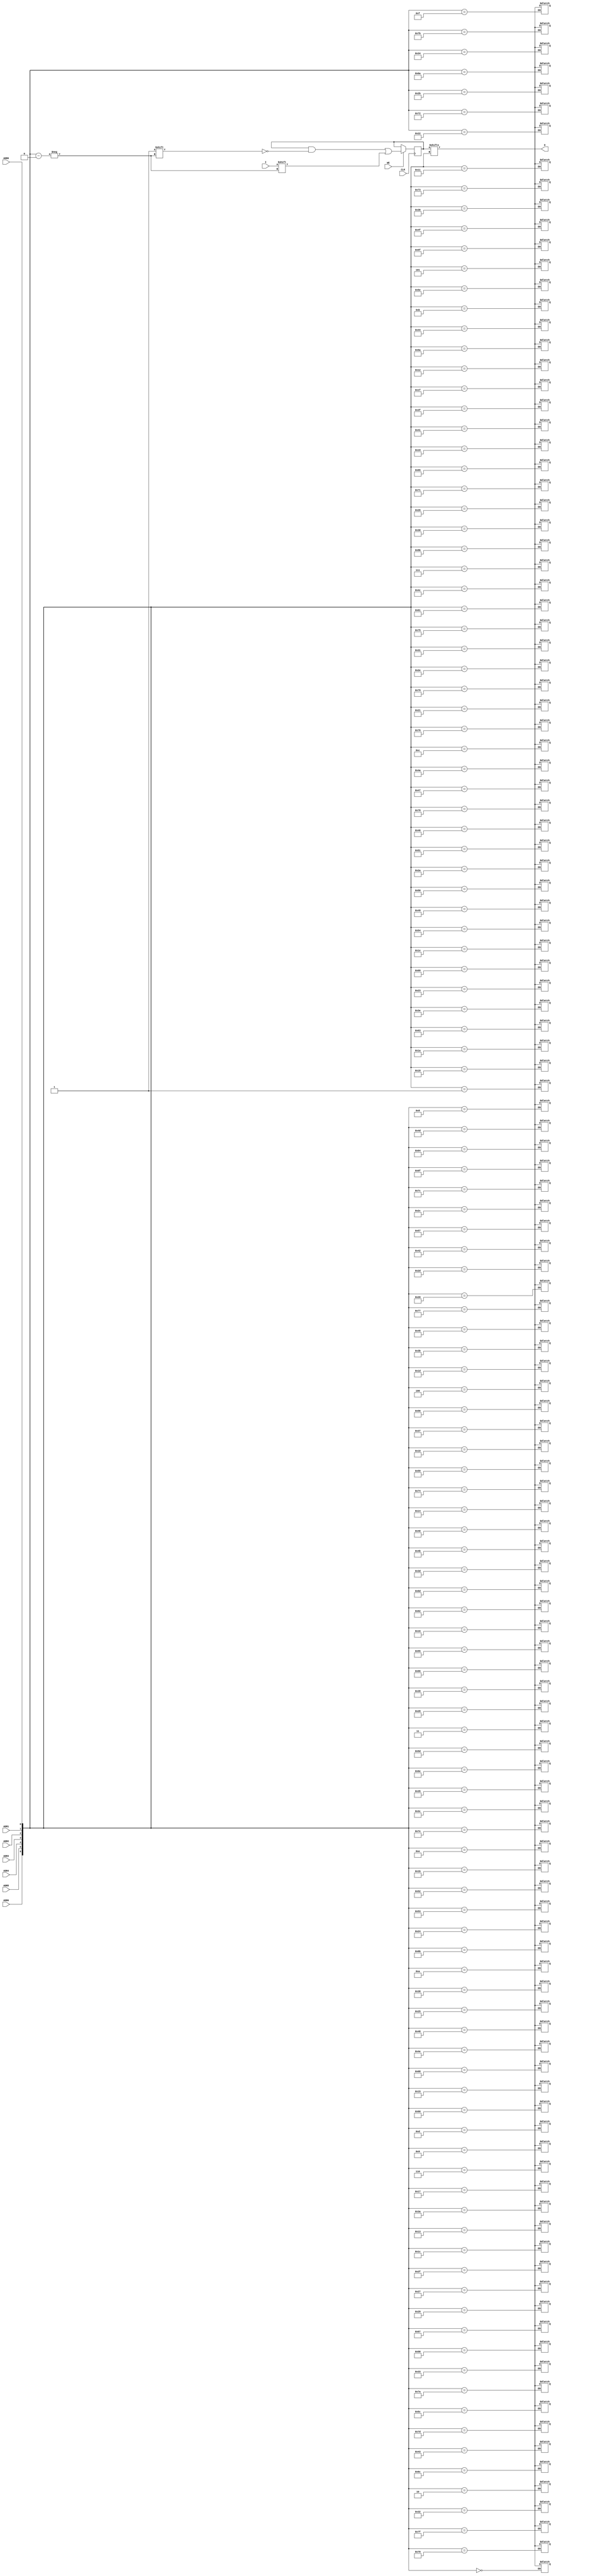
module X_RAMS128 (O, ADR0, ADR1, ADR2, ADR3, ADR4, ADR5, ADR6, CLK, I, WE);

  parameter INIT = 128'h00000000000000000000000000000000;

  output O;
  input ADR0, ADR1, ADR2, ADR3, ADR4, ADR5, ADR6, CLK, I, WE;

  reg [127:0] mem;
  wire [6:0] adr;

  wire in, we, clk;
  reg o_out;
  reg notifier;

  buf b1 (in, I);
  buf b2 (clk, CLK);
  buf b3 (we ,WE);
  buf b4 (adr[6],ADR6);
  buf b5 (adr[5],ADR5);
  buf b6 (adr[4],ADR4);
  buf b7 (adr[3],ADR3);
  buf b8 (adr[2],ADR2);
  buf b9 (adr[1],ADR1);
  buf bA (adr[0],ADR0);
  buf bB (O, o_out);

  initial begin
    mem <= INIT;
  end

  always @(posedge clk) begin
    if (we == 1'b1)
      mem[adr] <= in;
  end

  always @(mem or adr) begin
    o_out <= mem[adr];
  end

  always @(notifier) begin
    mem[adr] <= 1'bx;
  end

  specify

	(CLK => O) = (0:0:0, 0:0:0);
	(ADR0 => O) = (0:0:0, 0:0:0);
	(ADR1 => O) = (0:0:0, 0:0:0);
	(ADR2 => O) = (0:0:0, 0:0:0);
	(ADR3 => O) = (0:0:0, 0:0:0);
	(ADR4 => O) = (0:0:0, 0:0:0);
	(ADR5 => O) = (0:0:0, 0:0:0);
	(ADR6 => O) = (0:0:0, 0:0:0);

	$setuphold (posedge CLK, posedge I &&& WE, 0:0:0, 0:0:0, notifier);
	$setuphold (posedge CLK, negedge I &&& WE, 0:0:0, 0:0:0, notifier);
	$setuphold (posedge CLK, posedge ADR0 &&& WE, 0:0:0, 0:0:0, notifier);
	$setuphold (posedge CLK, negedge ADR0 &&& WE, 0:0:0, 0:0:0, notifier);
	$setuphold (posedge CLK, posedge ADR1 &&& WE, 0:0:0, 0:0:0, notifier);
	$setuphold (posedge CLK, negedge ADR1 &&& WE, 0:0:0, 0:0:0, notifier);
	$setuphold (posedge CLK, posedge ADR2 &&& WE, 0:0:0, 0:0:0, notifier);
	$setuphold (posedge CLK, negedge ADR2 &&& WE, 0:0:0, 0:0:0, notifier);
	$setuphold (posedge CLK, posedge ADR3 &&& WE, 0:0:0, 0:0:0, notifier);
	$setuphold (posedge CLK, negedge ADR3 &&& WE, 0:0:0, 0:0:0, notifier);
	$setuphold (posedge CLK, posedge ADR4 &&& WE, 0:0:0, 0:0:0, notifier);
	$setuphold (posedge CLK, negedge ADR4 &&& WE, 0:0:0, 0:0:0, notifier);
	$setuphold (posedge CLK, posedge ADR5 &&& WE, 0:0:0, 0:0:0, notifier);
	$setuphold (posedge CLK, negedge ADR5 &&& WE, 0:0:0, 0:0:0, notifier);
	$setuphold (posedge CLK, posedge ADR6 &&& WE, 0:0:0, 0:0:0, notifier);
	$setuphold (posedge CLK, negedge ADR6 &&& WE, 0:0:0, 0:0:0, notifier);
	$setuphold (posedge CLK, posedge WE, 0:0:0, 0:0:0, notifier);
	$setuphold (posedge CLK, negedge WE, 0:0:0, 0:0:0, notifier);

	$width (posedge CLK &&& WE, 0:0:0, 0, notifier);
	$width (negedge CLK &&& WE, 0:0:0, 0, notifier);

	specparam PATHPULSE$ = 0;

  endspecify

endmodule